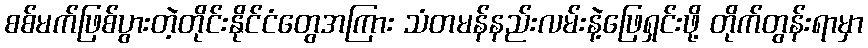
စစ်မက်ဖြစ်ပွားတဲ့တိုင်းနိုင်ငံတွေအကြား သံတမန်နည်းလမ်းနဲ့ဖြေရှင်းဖို့ တိုက်တွန်းရာမှာ